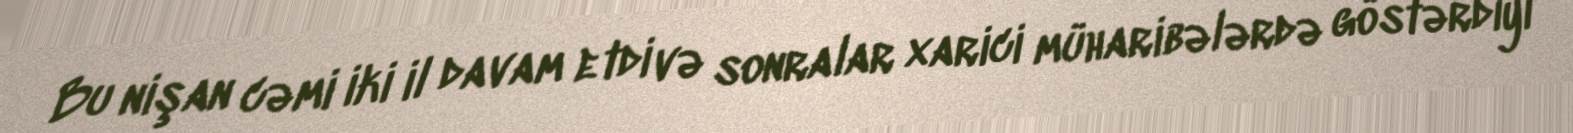
Bu nişan cəmi iki il davam etdi və sonralar xarici müharibələrdə göstərdiyi